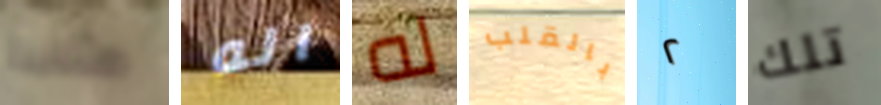
مثلية اله له بالقلب ٢ تلك